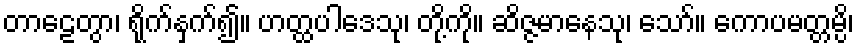
တာဠေတွာ၊ ရိုက်နှက်၍။ ဟတ္ထပါဒေသု၊ တို့ကို။ ဆိဇ္ဇမာနေသု၊ သော်။ ကောပမတ္တမ္ပိ၊